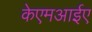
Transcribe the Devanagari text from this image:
केएमआईए